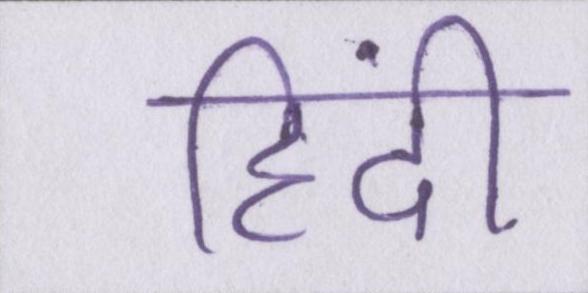
हिंदी